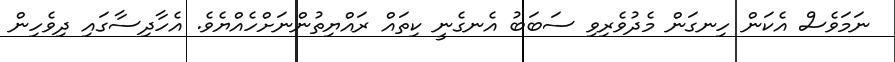
ނަމަވެސް އެކަން ހިނގަން މެދުވެރިވި ސަބަބު އެނގެނީ ކިތައް ރައްޔިތުންނަށްހެއްޔެވެ. އެހާދިސާގައި ދިވެހިން